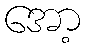
အော့